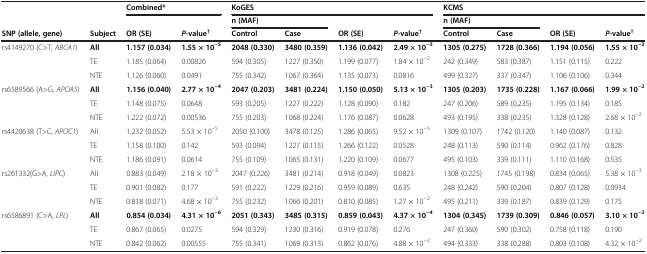
<table><thead><tr><td><b> </b></td><td><b> </b></td><td colspan="2"><b>Combined*</b></td><td colspan="4"><b>KoGES</b></td><td colspan="4"><b>KCMS</b></td></tr><tr><td><b> </b></td><td><b> </b></td><td><b> </b></td><td><b> </b></td><td colspan="2"><b>n (MAF)</b></td><td><b> </b></td><td><b> </b></td><td colspan="2"><b>n (MAF)</b></td><td><b> </b></td><td><b> </b></td></tr><tr><td><b>SNP (allele, gene)</b></td><td><b>Subject</b></td><td><b>OR (SE)</b></td><td><b><i>P</i>-value<sup>†</sup></b></td><td><b>Control</b></td><td><b>Case</b></td><td><b>OR (SE)</b></td><td><b><i>P</i>-value<sup>†</sup></b></td><td><b>Control</b></td><td><b>Case</b></td><td><b>OR (SE)</b></td><td><b><i>P</i>-value<sup>†</sup></b></td></tr></thead><tbody><tr><td>rs4149270 (C&gt;T, <i>ABCA1</i>)</td><td><b>All</b></td><td><b>1.157 (0.034)</b></td><td><b>1.55 × 10</b><sup><b>-5</b></sup></td><td><b>2048 (0.330)</b></td><td><b>3480 (0.359)</b></td><td><b>1.136 (0.042)</b></td><td><b>2.49 × 10</b><sup><b>-3</b></sup></td><td><b>1305 (0.275)</b></td><td><b>1728 (0.366)</b></td><td><b>1.194 (0.056)</b></td><td><b>1.55 × 10</b><sup><b>-3</b></sup></td></tr><tr><td> </td><td>TE</td><td>1.185 (0.064)</td><td>0.00826</td><td>594 (0.305)</td><td>1227 (0.350)</td><td>1.199 (0.077)</td><td>1.84 × 10<sup>-2</sup></td><td>242 (0.349)</td><td>583 (0.387)</td><td>1.151 (0.115)</td><td>0.222</td></tr><tr><td> </td><td>NTE</td><td>1.126 (0.060)</td><td>0.0491</td><td>755 (0.342)</td><td>1067 (0.364)</td><td>1.135 (0.073)</td><td>0.0816</td><td>499 (0.327)</td><td>337 (0.347)</td><td>1.106 (0.106)</td><td>0.344</td></tr><tr><td>rs6589566 (A&gt;G, <i>APOA5</i>)</td><td><b>All</b></td><td><b>1.156 (0.040)</b></td><td><b>2.77 × 10</b><sup><b>-4</b></sup></td><td><b>2047 (0.203)</b></td><td><b>3481 (0.224)</b></td><td><b>1.150 (0.050)</b></td><td><b>5.13 × 10</b><sup><b>-3</b></sup></td><td><b>1305 (0.203)</b></td><td><b>1735 (0.228)</b></td><td><b>1.167 (0.066)</b></td><td><b>1.99 × 10</b><sup><b>-2</b></sup></td></tr><tr><td> </td><td>TE</td><td>1.148 (0.075)</td><td>0.0648</td><td>593 (0.205)</td><td>1227 (0.222)</td><td>1.128 (0.090)</td><td>0.182</td><td>247 (0.206)</td><td>589 (0.235)</td><td>1.195 (0.134)</td><td>0.185</td></tr><tr><td> </td><td>NTE</td><td>1.222 (0.072)</td><td>0.00536</td><td>755 (0.203)</td><td>1068 (0.224)</td><td>1.176 (0.087)</td><td>0.0628</td><td>493 (0.195)</td><td>338 (0.235)</td><td>1.328 (0.128)</td><td>2.68 × 10<sup>-2</sup></td></tr><tr><td>rs4420638 (T&gt;C, <i>APOC1</i>)</td><td>All</td><td>1.232 (0.052)</td><td>5.53 × 10<sup>-5</sup></td><td>2050 (0.100)</td><td>3478 (0.125)</td><td>1.286 (0.065)</td><td>9.52 × 10<sup>-5</sup></td><td>1309 (0.107)</td><td>1742 (0.120)</td><td>1.140 (0.087)</td><td>0.132</td></tr><tr><td> </td><td>TE</td><td>1.158 (0.100)</td><td>0.142</td><td>593 (0.094)</td><td>1227 (0.115)</td><td>1.266 (0.122)</td><td>0.0528</td><td>248 (0.113)</td><td>590 (0.114)</td><td>0.962 (0.176)</td><td>0.828</td></tr><tr><td> </td><td>NTE</td><td>1.186 (0.091)</td><td>0.0614</td><td>755 (0.109)</td><td>1065 (0.131)</td><td>1.220 (0.109)</td><td>0.0677</td><td>495 (0.103)</td><td>339 (0.111)</td><td>1.110 (0.168)</td><td>0.535</td></tr><tr><td>rs261332(G&gt;A, <i>LIPC</i>)</td><td>All</td><td>0.883 (0.049)</td><td>2.18 × 10<sup>-3</sup></td><td>2047 (0.226)</td><td>3481 (0.214)</td><td>0.918 (0.049)</td><td>0.0823</td><td>1308 (0.225)</td><td>1745 (0.198)</td><td>0.834 (0.065)</td><td>5.38 × 10<sup>-3</sup></td></tr><tr><td> </td><td>TE</td><td>0.901 (0.082)</td><td>0.177</td><td>591 (0.222)</td><td>1229 (0.216)</td><td>0.959 (0.089)</td><td>0.635</td><td>248 (0.242)</td><td>590 (0.204)</td><td>0.807 (0.128)</td><td>0.0934</td></tr><tr><td> </td><td>NTE</td><td>0.818 (0.071)</td><td>4.68 × 10<sup>-3</sup></td><td>755 (0.232)</td><td>1066 (0.201)</td><td>0.810 (0.085)</td><td>1.27 × 10<sup>-2</sup></td><td>495 (0.211)</td><td>339 (0.187)</td><td>0.839 (0.129)</td><td>0.175</td></tr><tr><td>rs6586891 (C&gt;A, <i>LPL</i>)</td><td><b>All</b></td><td><b>0.854 (0.034)</b></td><td><b>4.31 × 10</b><sup><b>-6</b></sup></td><td><b>2051 (0.343)</b></td><td><b>3485 (0.315)</b></td><td><b>0.859 (0.043)</b></td><td><b>4.37 × 10</b><sup><b>-4</b></sup></td><td><b>1304 (0.345)</b></td><td><b>1739 (0.309)</b></td><td><b>0.846 (0.057)</b></td><td><b>3.10 × 10</b><sup><b>-3</b></sup></td></tr><tr><td> </td><td>TE</td><td>0.867 (0.065)</td><td>0.0275</td><td>594 (0.329)</td><td>1230 (0.316)</td><td>0.919 (0.078)</td><td>0.276</td><td>247 (0.360)</td><td>590 (0.302)</td><td>0.758 (0.118)</td><td>0.190</td></tr><tr><td> </td><td>NTE</td><td>0.842 (0.062)</td><td>0.00555</td><td>755 (0.341)</td><td>1069 (0.313)</td><td>0.862 (0.076)</td><td>4.88 × 10<sup>-2</sup></td><td>494 (0.333)</td><td>338 (0.288)</td><td>0.803 (0.108)</td><td>4.32 × 10<sup>-2</sup></td></tr></tbody></table>